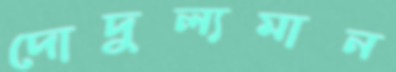
দোদুল্যমান